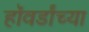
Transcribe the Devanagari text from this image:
हॉवर्डांच्या